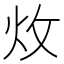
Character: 炇